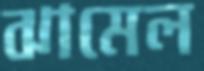
ঝামেল